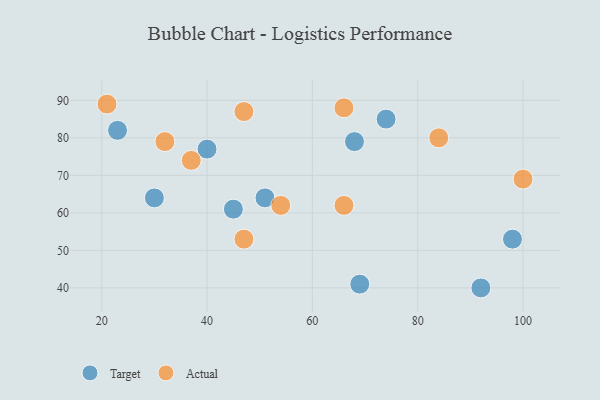
{"axis": {"x": "GDP", "y": "Life Expectancy"}, "legend": ["Actual", "Target"], "data": [{"x": "45", "y": 61, "type": "Target"}, {"x": "51", "y": 64, "type": "Target"}, {"x": "68", "y": 79, "type": "Target"}, {"x": "74", "y": 85, "type": "Target"}, {"x": "69", "y": 41, "type": "Target"}, {"x": "23", "y": 82, "type": "Target"}, {"x": "98", "y": 53, "type": "Target"}, {"x": "92", "y": 40, "type": "Target"}, {"x": "40", "y": 77, "type": "Target"}, {"x": "30", "y": 64, "type": "Target"}, {"x": "47", "y": 53, "type": "Actual"}, {"x": "84", "y": 80, "type": "Actual"}, {"x": "66", "y": 62, "type": "Actual"}, {"x": "54", "y": 62, "type": "Actual"}, {"x": "66", "y": 88, "type": "Actual"}, {"x": "32", "y": 79, "type": "Actual"}, {"x": "47", "y": 87, "type": "Actual"}, {"x": "100", "y": 69, "type": "Actual"}, {"x": "21", "y": 89, "type": "Actual"}, {"x": "37", "y": 74, "type": "Actual"}]}